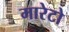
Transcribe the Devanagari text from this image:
मारेटो